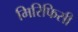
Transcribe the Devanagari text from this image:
मिरिफिसी